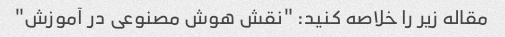
مقاله زیر را خلاصه کنید: "نقش هوش مصنوعی در آموزش"